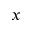
x